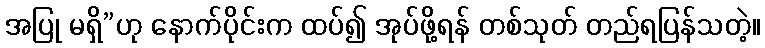
အပြု မရှိ”ဟု နောက်ပိုင်းက ထပ်၍ အုပ်ဖို့ရန် တစ်သုတ် တည်ရပြန်သတဲ့။